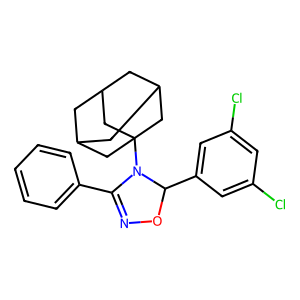
SMILES: Clc1cc(Cl)cc(C2ON=C(c3ccccc3)N2C23CC4CC(CC(C4)C2)C3)c1
Inhibits HIV replication: No